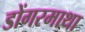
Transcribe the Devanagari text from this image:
डोंगरमाथा